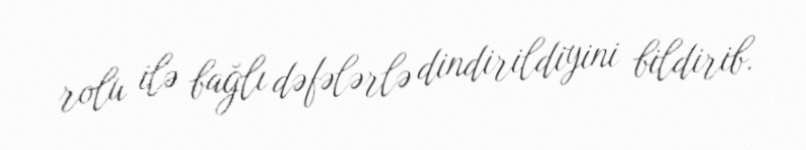
rolu ilə bağlı dəfələrlə dindirildiyini bildirib.